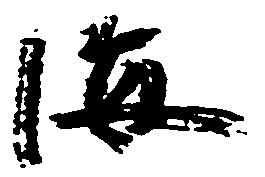
海